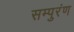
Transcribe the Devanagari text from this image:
सम्पुरंण